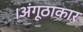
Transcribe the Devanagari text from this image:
।अंगूठाकार